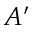
A ^ { \prime }